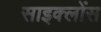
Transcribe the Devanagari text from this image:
साइक्लोंस